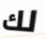
لك